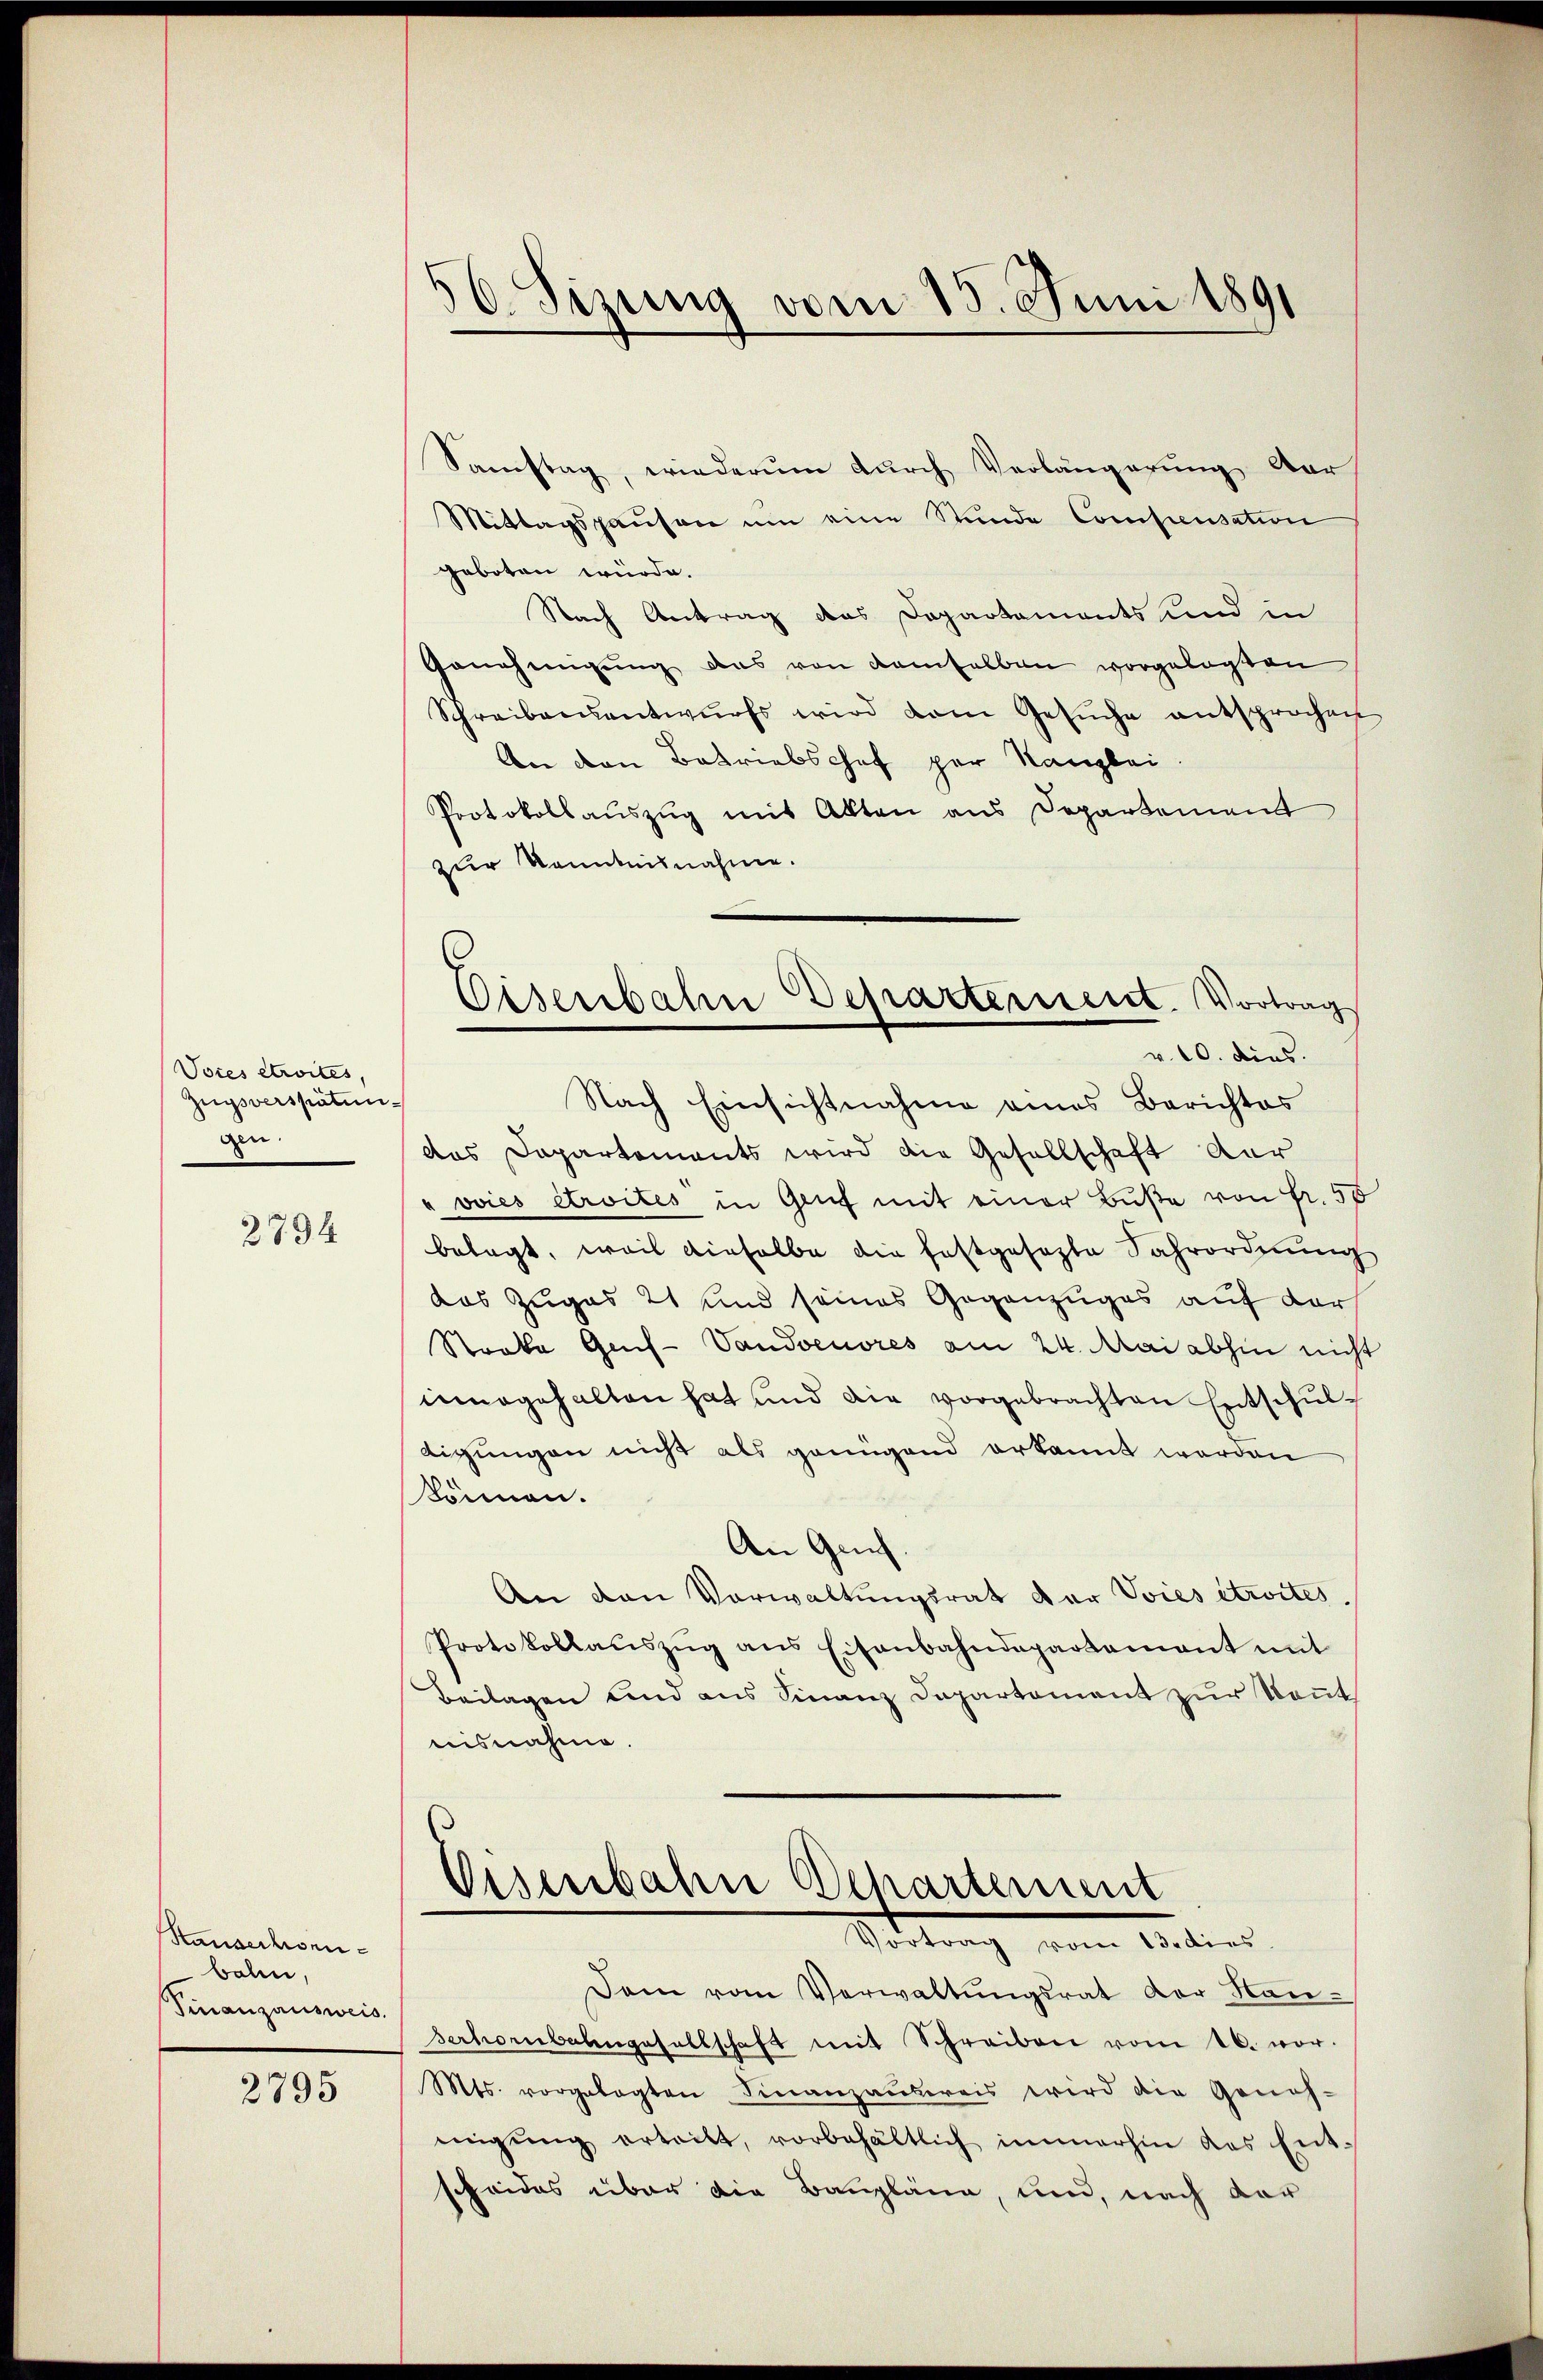
Voces etwités,
Zugsverspätun
gen.

2794

Stausschwenbahn,
Finanzausweis.

2795

56. Sizung vom 15. Juni 1891

Samstag, wiederum durch Verlängerung der
Mittagspausen um eine Stunde Compensation
geboten würde.
Nach Antrag das Departaments und in
Genehmigung das von demselben vorgelegten
Schreiben kantwurfs wird vom Gesŭche entsprochen
An den Betriebschof par Kanzlei
Protokollauszug mit Akten aus Departement
zur Kenntnisnahme.
das Dapartements wird die Gesellschaft der
"vvies etroites in Genf mit einer Buße von Fr. 50
belegt, weil dieselbe die festgesezte Fahrordnung
das Zuges 21 und seines Gegenzuges auf der
Streke Genf-Vandoenores am 24. Mai abhin nicht
innegehalten hat und die vorgebrachten Entschuldigungen nicht als genügend erkannt werden
können.
An Geich.
An den Vorwaltungsrat der Voies étroites.
Protokollaŭszŭg ans Eisenbahndepartement mit
Beilagen und aus Finanz Dapartement zur Kennt
nisnahme.
Oisenbahn Departement
Vottung vom Anlied
Dem vom Verwaltŭngsrat der Hansehoenbahngesellschaft mit Schreiben vom 16. vor.
Mts. vorgelegten Finanzausweis wird die Geneh-
migŭng ertritt, vorbehältlich immerhin das Ent-
scheides über die Baupläne, und, nach der

Oesenbahn Deprakteriert. Vortrag
v. 10. dies.
Nach Einsichtnahme eines Berichtes